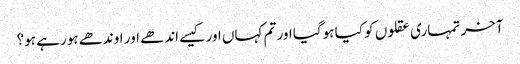
آخر تمہاری عقلوں کو کیا ہوگیا اور تم کہاں اور کیسے اندھے اور اوندھے ہورہے ہو؟